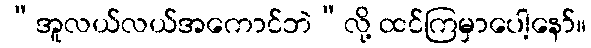
“အူလယ်လယ်အကောင်ဘဲ”လို့ ထင်ကြမှာပေါ့နော်။